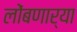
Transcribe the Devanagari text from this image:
लोंबणार्‍या